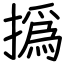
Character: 撝